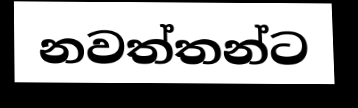
නවත්තන්ට